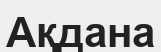
Ақдана